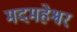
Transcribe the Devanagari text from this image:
मदमहेश्वर